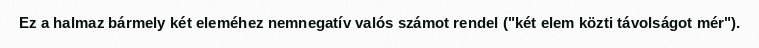
Ez a halmaz bármely két eleméhez nemnegatív valós számot rendel ("két elem közti távolságot mér").